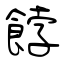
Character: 餑